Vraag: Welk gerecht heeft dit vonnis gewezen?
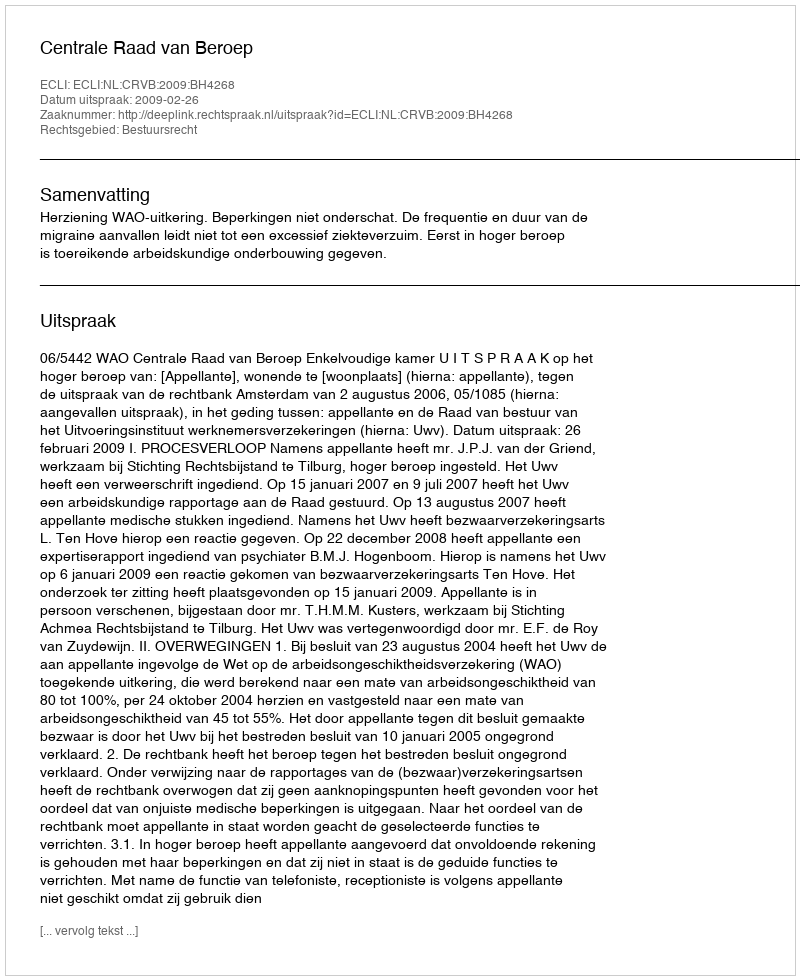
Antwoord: Centrale Raad van Beroep